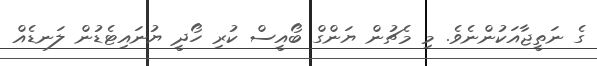
ގެ ނަތީޖާއަކުންނެވެ. މި މެޗުން ޔަންގް ބޯއީސް ކުރި ހޯދީ ޔުނައިޓެޑުން ލަނޑެއް